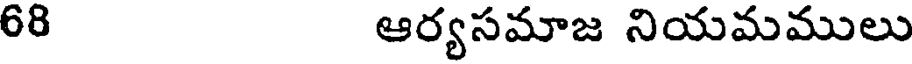
68 ఆర్యసమాజ నియమములు